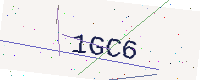
Text: 1GC6